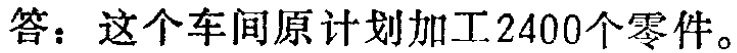
答：这个车间原计划加工2400个零件。